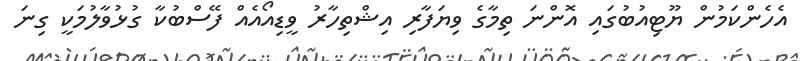
އެހެންކަމުން ޔޫޓިއުބުގައި އޮންނަ ތިމާގެ ވިޔަފާރި އިޝްތިހާރު ވީޑިއޯއެއް ފޭސްބުކާ ގުޅުވާލުމަކީ ގިނަ